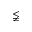
\lneqq